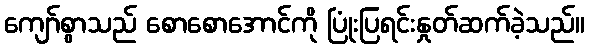
ကျော်စွာသည် စောစောအောင်ကို ပြုံးပြရင်းနှုတ်ဆက်ခဲ့သည်။